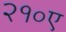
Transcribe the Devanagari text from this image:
२१०ए